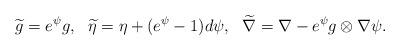
LaTeX: \begin{align*}\widetilde g=e^{\psi}g, \ \ \widetilde \eta=\eta+(e^{\psi}-1)d\psi, \ \ \widetilde \nabla=\nabla-e^{\psi}g\otimes \nabla\psi.\end{align*}